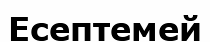
Есептемей